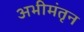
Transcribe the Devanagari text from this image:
अभीमंतृन